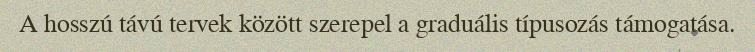
A hosszú távú tervek között szerepel a graduális típusozás támogatása.